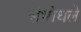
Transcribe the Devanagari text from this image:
संभोधले